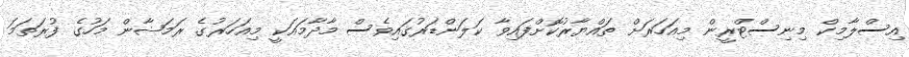
އިސްލާމިކް މިނިސްޓްރީން މިއަހަރަށް ތައްޔާރުކޮށްފައިވާ ކަލަންޑަރުގައިވެސް މާދާމައަކީ މިއަހަރުގެ ރަމަޟާން މަހުގެ ފުރަތަމަ